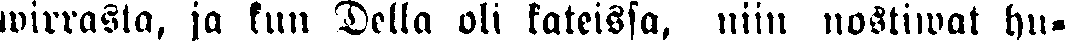
wirrasta, ja kun Della oli kateissa, niin nostiwat hu-